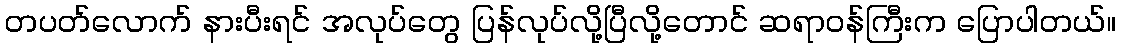
တပတ်လောက် နားပီးရင် အလုပ်တွေ ပြန်လုပ်လို့ပြီလို့တောင် ဆရာဝန်ကြီးက ပြောပါတယ်။